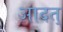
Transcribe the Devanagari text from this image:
आदत्